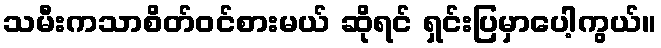
သမီးကသာစိတ်ဝင်စားမယ် ဆိုရင် ရှင်းပြမှာပေါ့ကွယ်။